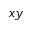
x y